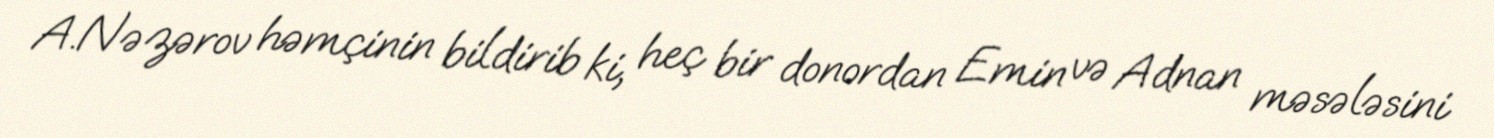
A.Nəzərov həmçinin bildirib ki, heç bir donordan Emin və Adnan məsələsini